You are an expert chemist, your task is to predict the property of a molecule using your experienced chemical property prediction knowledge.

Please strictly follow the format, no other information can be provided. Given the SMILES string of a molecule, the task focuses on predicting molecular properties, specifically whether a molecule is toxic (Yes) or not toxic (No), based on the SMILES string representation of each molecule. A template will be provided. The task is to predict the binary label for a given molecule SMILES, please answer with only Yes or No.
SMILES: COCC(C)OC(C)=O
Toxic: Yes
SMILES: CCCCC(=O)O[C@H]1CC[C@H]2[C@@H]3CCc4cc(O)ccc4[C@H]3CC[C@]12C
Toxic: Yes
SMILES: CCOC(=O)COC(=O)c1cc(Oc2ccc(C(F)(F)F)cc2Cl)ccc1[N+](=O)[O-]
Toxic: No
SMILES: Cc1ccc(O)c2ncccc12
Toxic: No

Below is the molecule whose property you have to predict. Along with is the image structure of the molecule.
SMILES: CCN(CC)CC(=O)Nc1c(C)cccc1C
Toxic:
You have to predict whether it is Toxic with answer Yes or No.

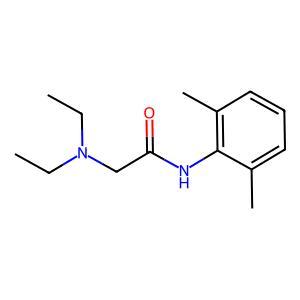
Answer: No